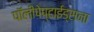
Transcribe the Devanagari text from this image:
पॉलीपेप्टाईड्सना